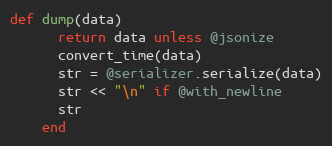
Language: Ruby
def dump(data)
      return data unless @jsonize
      convert_time(data)
      str = @serializer.serialize(data)
      str << "\n" if @with_newline
      str
    end